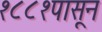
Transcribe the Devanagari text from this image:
१८८१पासून